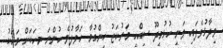
ވިދާޅުވެފައި ވަނީ ހުޅުމީދޫ ސިއްހީ މަރުކަޒު ހިންގުމާ ހަވާލުވެ ހުންނަ މީހަކަށް މަހަކު